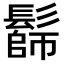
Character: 𩮭